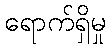
ရောက်ရှိမှု